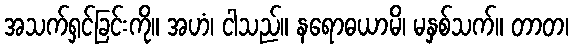
အသက်ရှင်ခြင်းကို။ အဟံ၊ ငါသည်။ နရောဓယာမိ၊ မနှစ်သက်။ တာတ၊